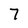
Character: 7